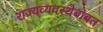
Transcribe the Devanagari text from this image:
राज्यव्यवस्थेबाबत